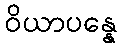
ဝိယာပန္နေ